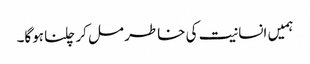
ہمیں انسانیت کی خاطر مل کر چلنا ہوگا۔